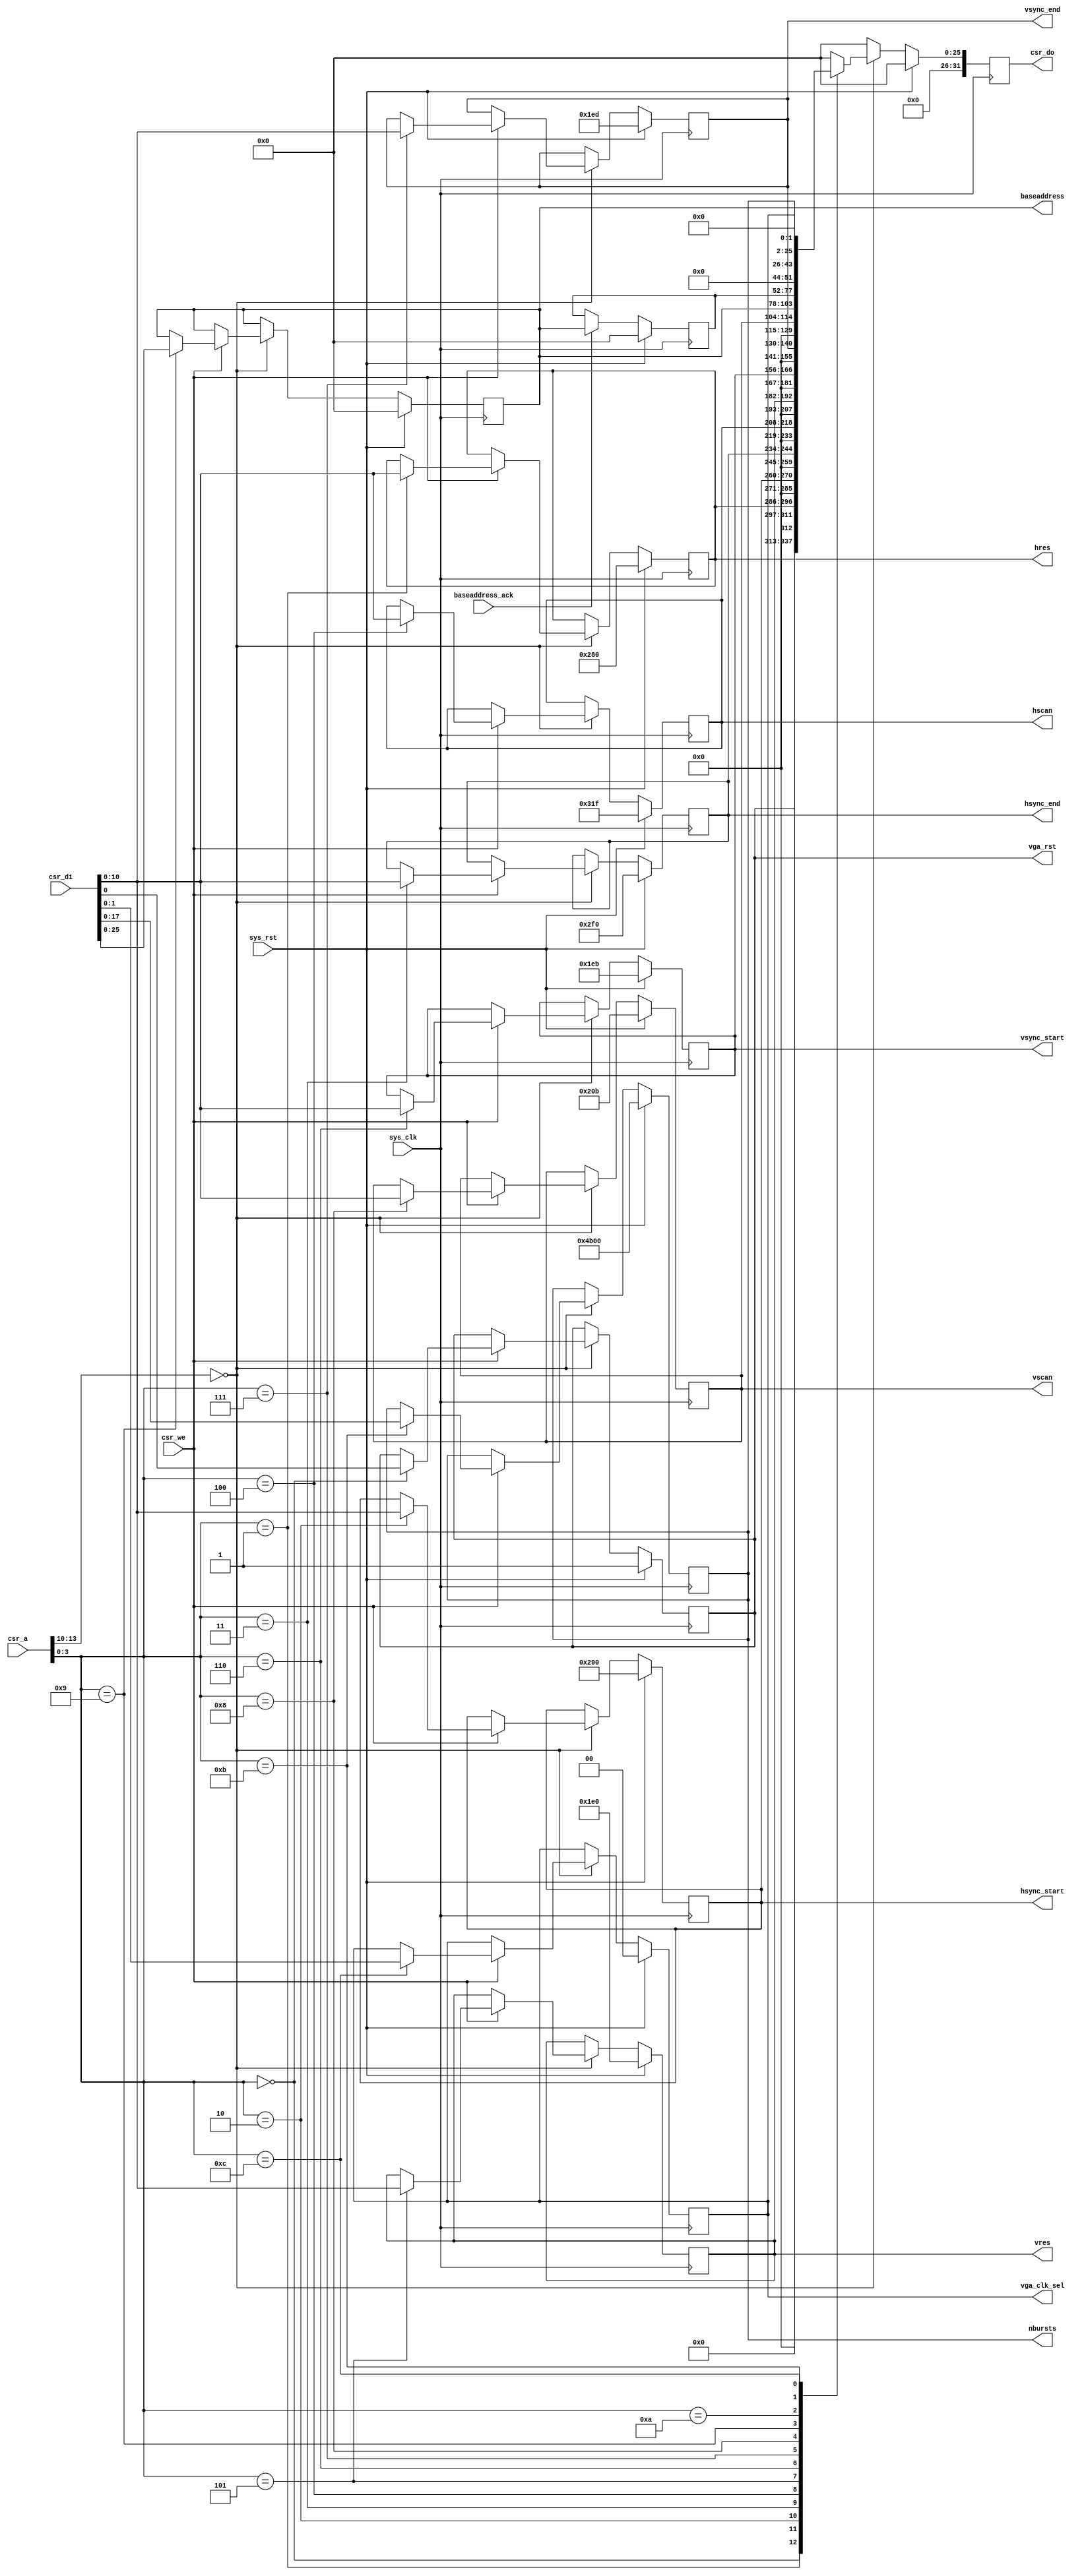
module vgafb_ctlif #(
	parameter csr_addr = 4'h0,
	parameter fml_depth = 26
) (
	input sys_clk,
	input sys_rst,
	
	input [13:0] csr_a,
	input csr_we,
	input [31:0] csr_di,
	output reg [31:0] csr_do,
	
	output reg vga_rst,
	
	output reg [10:0] hres,
	output reg [10:0] hsync_start,
	output reg [10:0] hsync_end,
	output reg [10:0] hscan,
	
	output reg [10:0] vres,
	output reg [10:0] vsync_start,
	output reg [10:0] vsync_end,
	output reg [10:0] vscan,
	
	output reg [fml_depth-1:0] baseaddress,
	input baseaddress_ack,
	
	output reg [17:0] nbursts,

	output reg [1:0] vga_clk_sel
);

reg [fml_depth-1:0] baseaddress_act;

always @(posedge sys_clk) begin
	if(sys_rst)
		baseaddress_act <= {fml_depth{1'b0}};
	else if(baseaddress_ack)
		baseaddress_act <= baseaddress;
end

wire csr_selected = csr_a[13:10] == csr_addr;

always @(posedge sys_clk) begin
	if(sys_rst) begin
		csr_do <= 32'd0;
		
		vga_rst <= 1'b1;
		
		hres <= 10'd640;
		hsync_start <= 10'd656;
		hsync_end <= 10'd752;
		hscan <= 10'd799;
		
		vres <= 10'd480;
		vsync_start <= 10'd491;
		vsync_end <= 10'd493;
		vscan <= 10'd523;
		
		baseaddress <= {fml_depth{1'b0}};
		
		nbursts <= 18'd19200;
		vga_clk_sel <= 2'b00;
	end else begin
		csr_do <= 32'd0;
		if(csr_selected) begin
			if(csr_we) begin
				case(csr_a[3:0])
					4'd0: vga_rst <= csr_di[0];
					4'd1: hres <= csr_di[10:0];
					4'd2: hsync_start <= csr_di[10:0];
					4'd3: hsync_end <= csr_di[10:0];
					4'd4: hscan <= csr_di[10:0];
					4'd5: vres <= csr_di[10:0];
					4'd6: vsync_start <= csr_di[10:0];
					4'd7: vsync_end <= csr_di[10:0];
					4'd8: vscan <= csr_di[10:0];
					4'd9: baseaddress <= csr_di[fml_depth-1:0];
					// 10: baseaddress_act is read-only for Wishbone
					4'd11: nbursts <= csr_di[17:0];
					4'd12: vga_clk_sel <= csr_di[1:0];
				endcase
			end
			
			case(csr_a[3:0])
				4'd0: csr_do <= vga_rst;
				4'd1: csr_do <= hres;
				4'd2: csr_do <= hsync_start;
				4'd3: csr_do <= hsync_end;
				4'd4: csr_do <= hscan;
				4'd5: csr_do <= vres;
				4'd6: csr_do <= vsync_start;
				4'd7: csr_do <= vsync_end;
				4'd8: csr_do <= vscan;
				4'd9: csr_do <= baseaddress;
				4'd10: csr_do <= baseaddress_act;
				4'd11: csr_do <= nbursts;
				4'd12: csr_do <= vga_clk_sel;
			endcase
		end
	end
end

endmodule